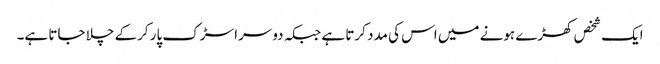
ایک شخص کھڑے ہونے میں اس کی مدد کرتا ہے جبکہ دوسرا سڑک پار کرکے چلا جاتا ہے۔